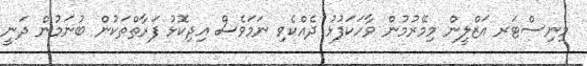
މިނިސްޓަރ އަޒްލީން މިމޭރުމުން ވާހަކަފުޅު ދެއްކެވި ނަމަވެސް އިދިކޮޅު ފަރާތްތަކުން ބުނަމުން ދަނީ